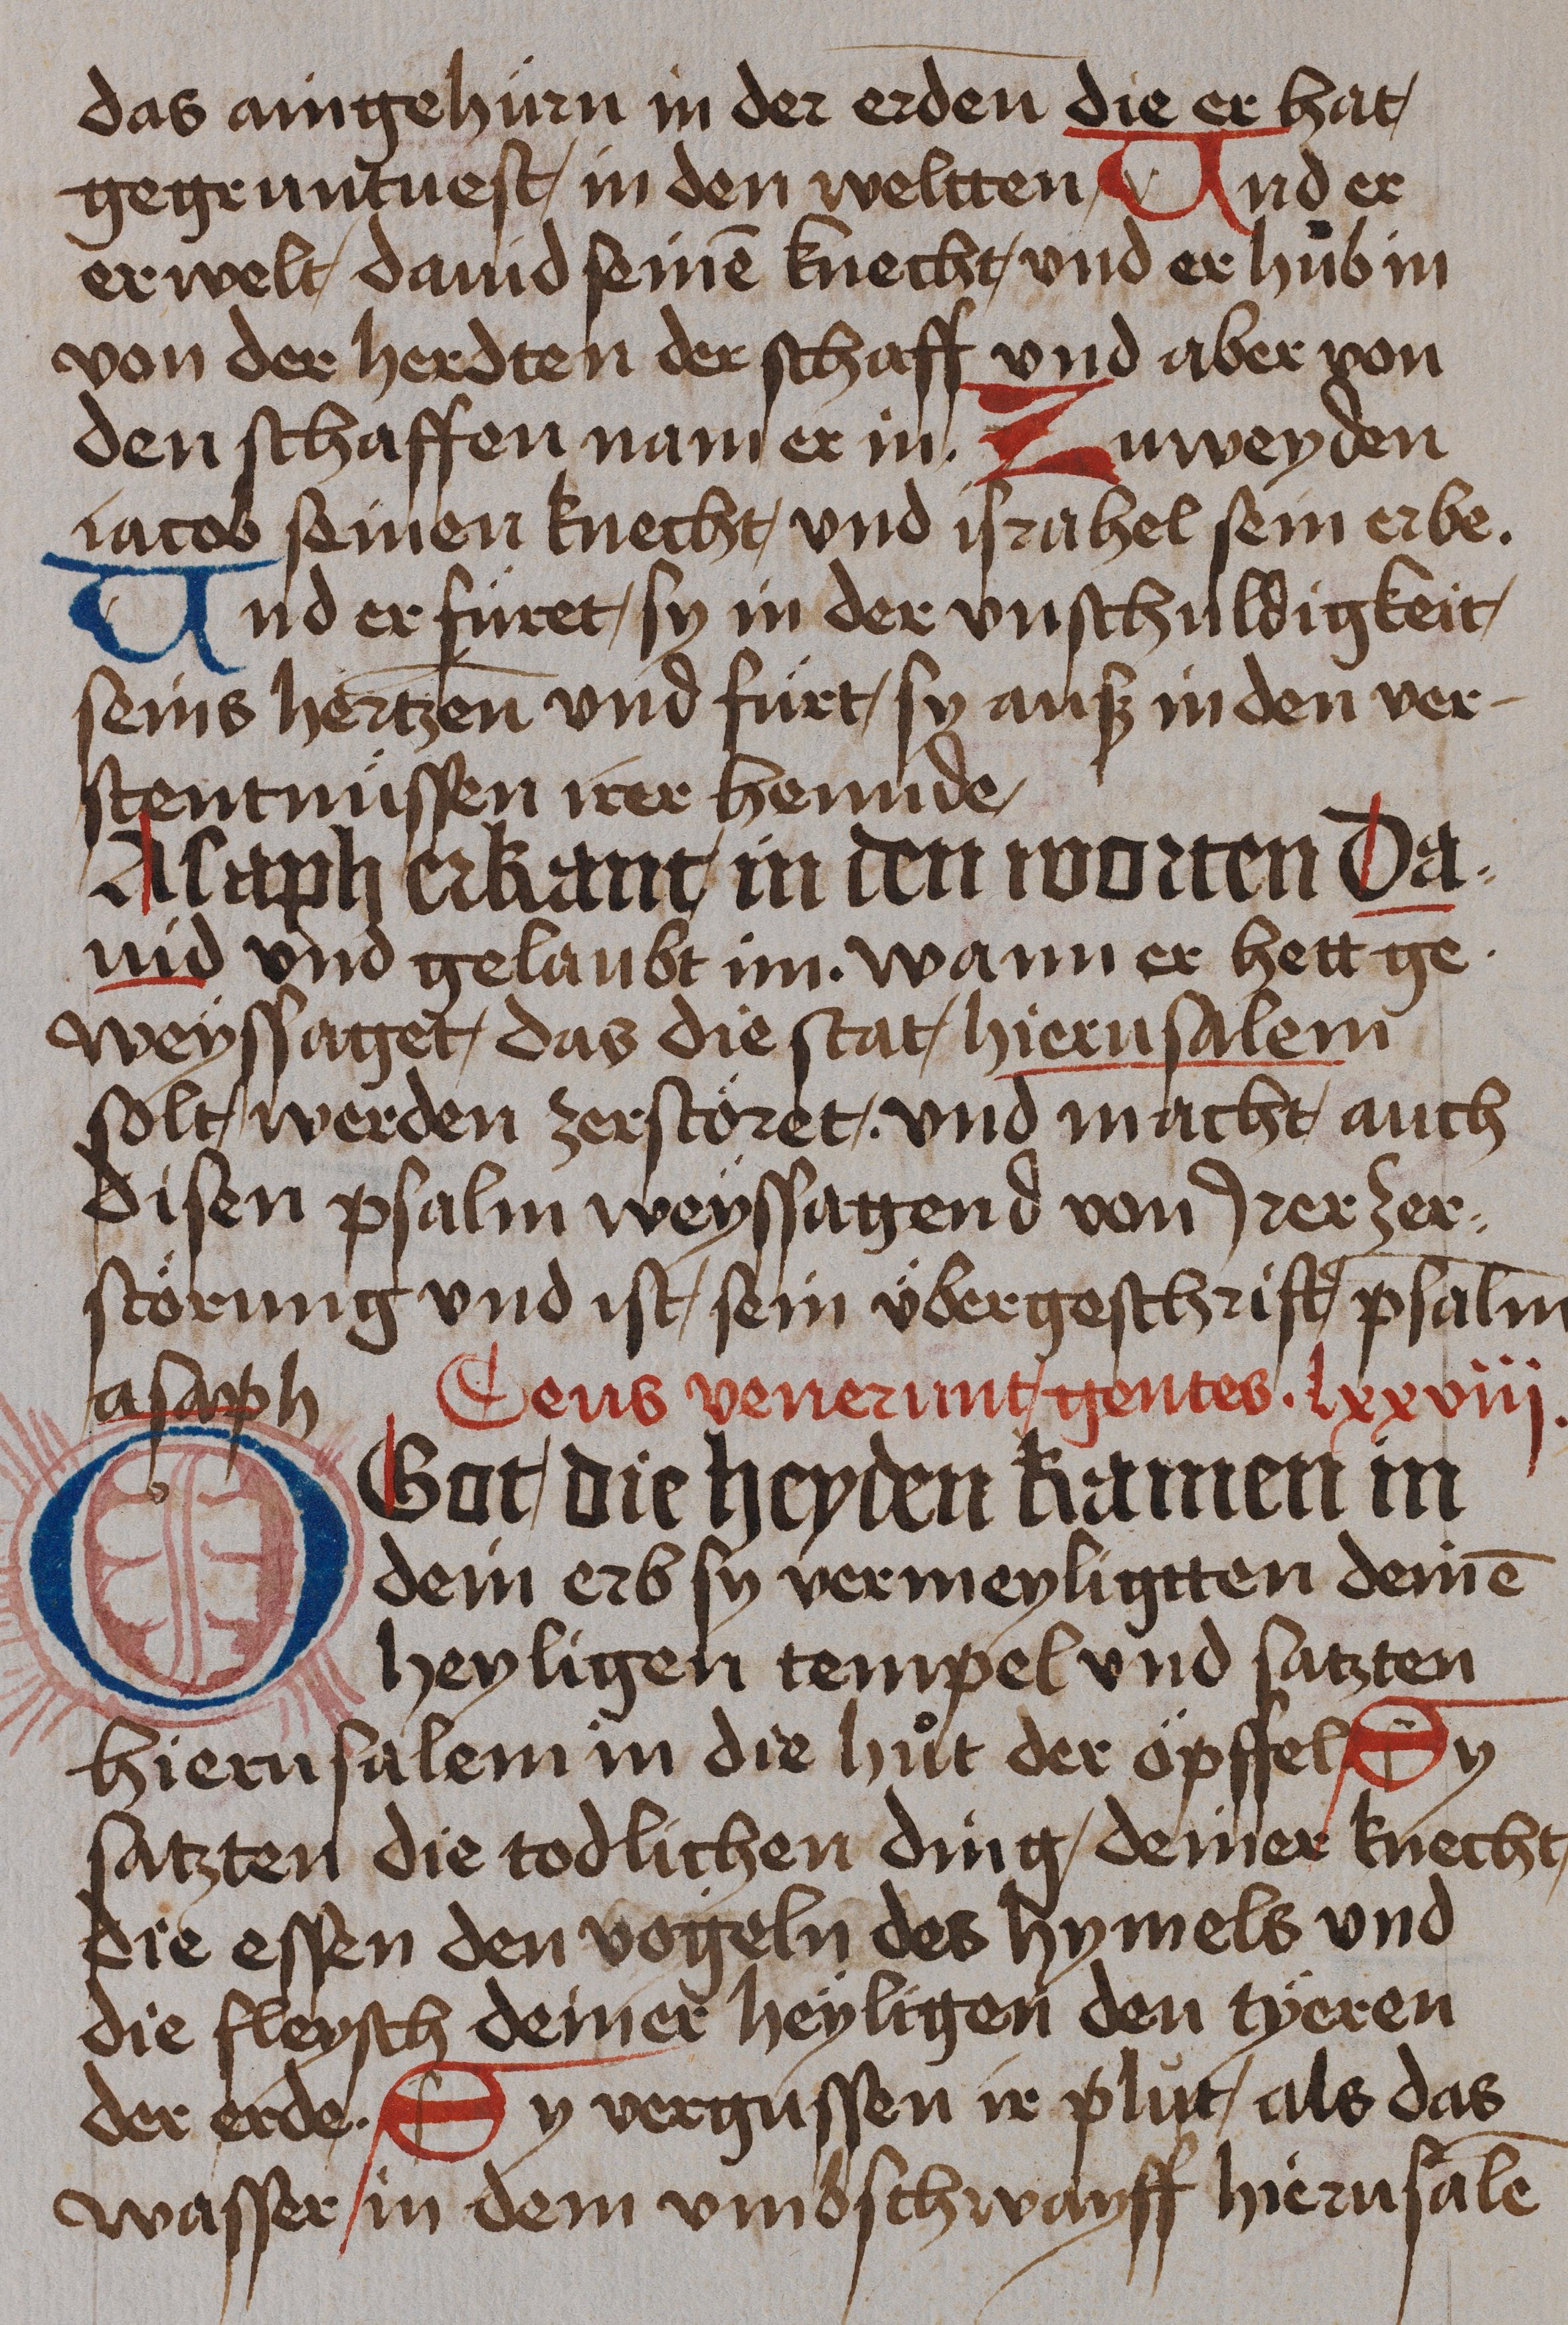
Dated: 1485–1485